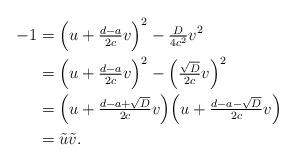
LaTeX: \begin{align*}-1&=\Big(u+\tfrac{d-a}{2c}v\Big)^2-\tfrac{D}{4c^2}v^2 \\&=\Big(u+\tfrac{d-a}{2c}v\Big)^2-\Big(\tfrac{\sqrt{D}}{2c}v\Big)^2 \\&=\Big( u+\tfrac{d-a+\sqrt{D}}{2c}v\Big ) \Big(u+\tfrac{d-a-\sqrt{D}}{2c}v \Big) \\&=\tilde u \tilde v.\end{align*}